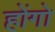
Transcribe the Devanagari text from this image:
होंगो